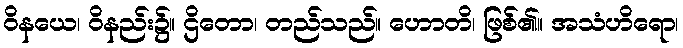
ဝိနယေ၊ ဝိနည်း၌။ ဌိတော၊ တည်သည်။ ဟောတိ၊ ဖြစ်၏။ အသံဟိရော၊